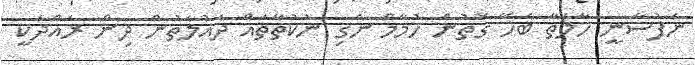
ނަފުސާނީ ހާލަތާ ބެހޭ ގޮތުން ހުމާމް ނެގި ނުކުތާތައް ދައުލަތުން ދިން ރައްދަކީ